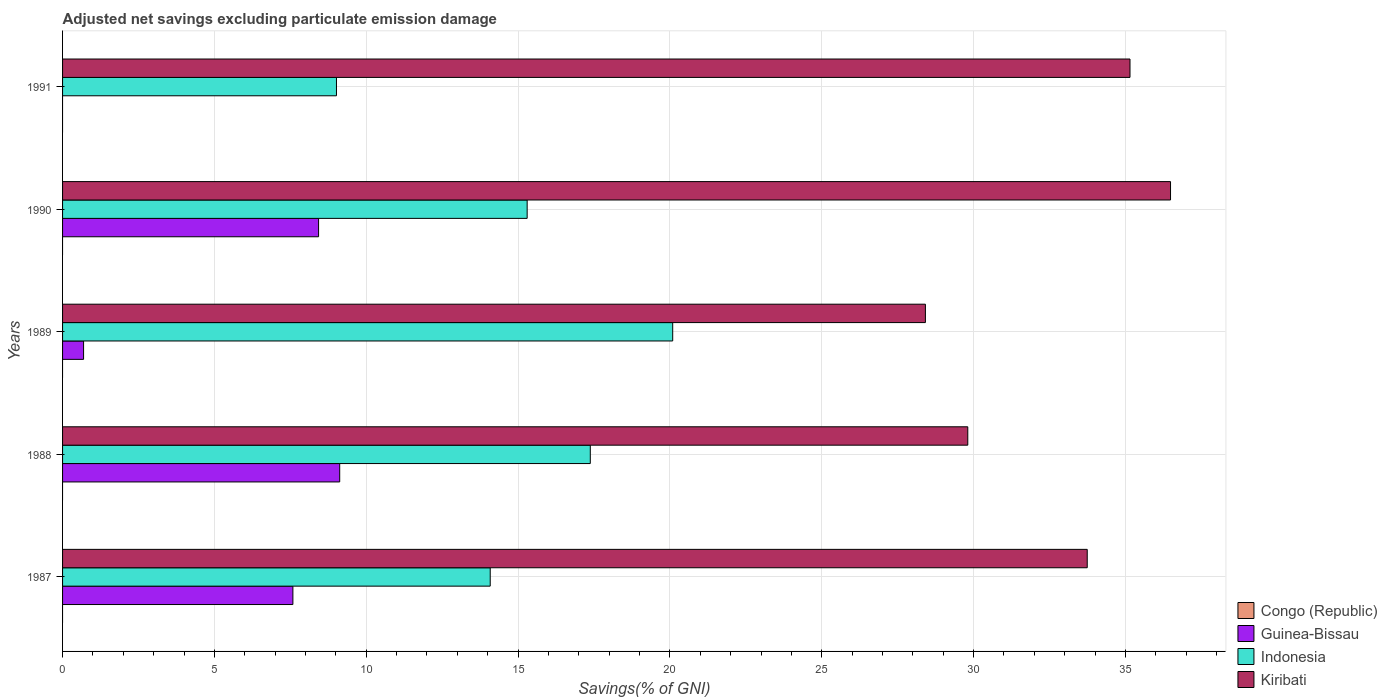
| Years | Congo (Republic) | Guinea-Bissau | Indonesia | Kiribati |
 | --- | --- | --- | --- | --- |
 | 1987 | -14.6 | 7.58 | 14.1 | 33.7 |
 | 1988 | -36 | 9.13 | 17.4 | 29.8 |
 | 1989 | -33.4 | 0.692 | 20.1 | 28.4 |
 | 1990 | -18.1 | 8.43 | 15.3 | 36.5 |
 | 1991 | -29.4 | -2.74 | 9.02 | 35.2 |